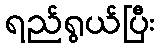
ရည်ရွယ်ပြီး